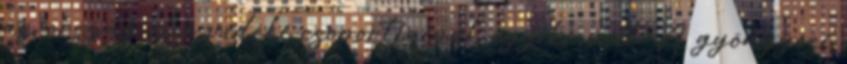
az ország első vidéki csoportjainak egyike volt. A gyöngyösi